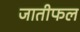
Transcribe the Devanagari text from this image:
जातीफल